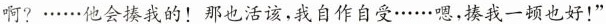
啊?……他会揍我的！那也活该，我自作自受……嗯，揍我一顿也好！”